Medical and sanitary report of the native army of Madras for the year
Year: 1877
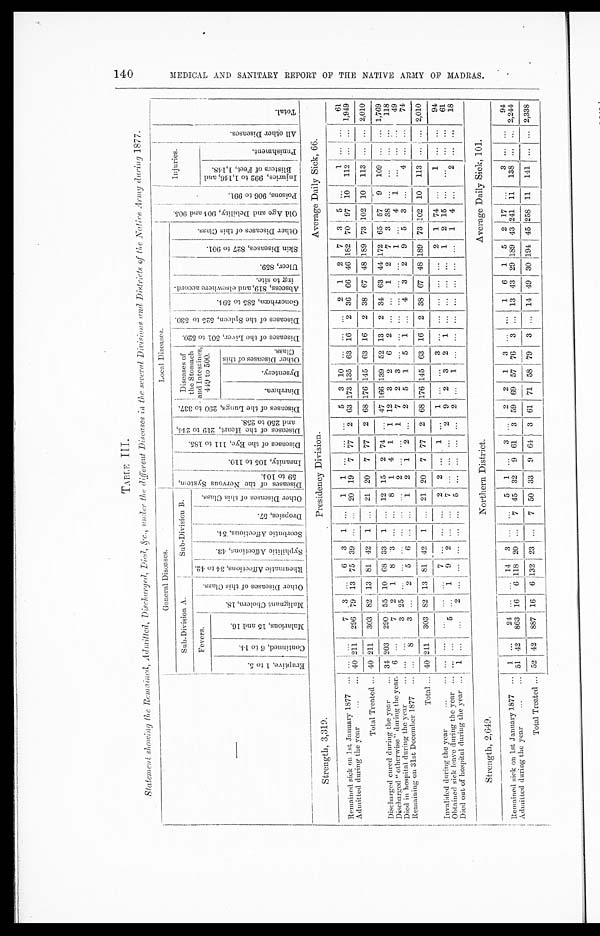
TABLE III.
Statement showinq the Remained, Admitted, Discharged, Died, &c., under the different Diseases in the several Divisions and Districts of the Native Army during 18 77.
General Diseases.
Local Diseases.
Sub-Division A.
Sub-Division B.
D i s e a s e s o f t h e N e r v o u s s y s t e m , 5 9 t o 1 0 4 .
I n s a n i t y , 1 0 5 t o 1 1 0 .
D i s e a s e s o f t h e E y e , 1 1 1 t o 1 8 5 .
D i s e a s e s o f t h e H e a r t , 2 1 9 t o 2 4 4 , a n d 2 5 0 t o 2 5 8 .
D i s e a s e s o f L u n g s , 2 9 0 t o 3 3 7 .
D iseases of
the Stomach
and Intestines,
449 to 500.
D i s e a s e s o f t h e L i v e r , 5 0 1 t o 5 2 0 .
D i s e a s e s o f t h e S p l e e n , 5 2 5 t o 5 3 0 .
G o n o r r h œ a , 5 8 5 t o 5 9 4 .
Ab s c e s s , 8 1 9 , a n d e l s e wh e r e a c c o r d i n g t o s i t e .
U l c e r , 8 5 9 .
S k i n D i s e a s e s 8 2 7 t o 9 0 1 .
O t h e r D i s e a s e s o f t h i s c l a s s .
O l d A g e a n d D e b i l i t y , 9 0 4 a n d 9 0 5 .
P o i s o n s , 9 0 6 t o 9 9 1 .
Injuries.
A l l o t h e r D i s e a s e s .
T o t a l .
Fevers.
M a l i g n a n t C h o l e r a , 1 8 .
O t h e r D i s e a s e s o f t h i s c l a s s .
R h e u m a t i c A f f e c t i o n s , 3 4 t o 4 2 .
S y p h i l i t i c A f f e c t i o n s , 4 3 .
S c o r b u t i c A f f e c t i o n s , 5 4 .
D r o p s i e s , 5 7 .
O t h e r D i e s e a s e o f t h i s c l a s s e s .
I n j u r i e s , 9 9 2 t o 1 , 1 4 6 a n d B l i s t e r s o f F e e t , 1 , 1 4 8 .
P u n i s h m e n t .
C o n t i n u e d , 6 t o 1 4 .
M a l a r i o u s , 1 5 a n d 1 6 .
E r a p t i v e , 1 t o 5 .
Diarrhœa.
D y s e n t e r y .
O t h e r D i s e a s e s o f t h i s c l a s s e s .
S t r e n g t h , 3 , 3 1 9 .
P r e s i d e n c y D i v i s i o n .
Average Daily Sick, 66.
Remained sick on 1st January 1877 . . .
. . .
. . .
7
3
. . .
6
3
1
. . .
1
1
. . .
. . .
. . .
5
3
10
. . .
. . .
. . .
2
1
2
7
3
5
. . .
1
. . .
. . .
61
Admitted during the year
. . . 40 2 11
296
79
13
75
39
. . .
. . . 20
19
7
77
2
63 173 135
63
16
2
36
66
46 182
70
97
10
112
. . .
. . . 1,949
Total Treated . . . 40 211
303
82
13
81
42
1
. . . 21
20
7
77
2
68 176 145
63
16
2
38
67
48 189
73 102
10
113
. . .
. . . 2,010
Discharged cured during the year
. . . 34 203
290
55
10
68
33
1
. . .
1 2
15
2
74
. . . 47 166 139
52
13
2
34
63
44
1 7 2
65
57
9
109
. . .
. . . 1,769
Discharged " otherwise " during the year . . .
6
. . .
7
2
1
8
3
. . .
. . .
8
1
4
1
1
12
3
2
6
2
. . .
. . .
1
2
7
3
38
. . .
. . .
. . .
. . .
118
Died in hospital during the year . . .
. . .
. . .
3
2 5
. . .
. . .
. . .
. . . . . .
. . .
2
. . .
. . .
1
7
2
3
. . .
. . .
. . .
. . .
. . .
. . .
1
. . .
4
1
. . .
. . .
. . .
49
Remaining on 31st December 1877
. . .
. . . 8
3
. . .
2
5
6
. . .
. . .
1
2
1
2
. . .
2
5
1
5
1
. . .
4
3
2
9
5
3
. . .
4
. . .
. . .
74
Total . . . 40 211
303
82
13
81
42
1
. . .
21
20
7
77
2
68 176 145
63
16
2
38
67
48 189
7 3
1 0 2
10
113
. . .
. . . 2,010
Invalided during the year
. . .
. . .
. . .
. . .
. . .
. . .
7
. . .
. . .. . .
2
2
. . .
1
. . .
1
. . .
. . .
3
. . .
. . .
. . .
. . .
. . .
2
1
74
. . .
1
. . .
. . .
94
Obtained sick- leave during the year
. . .
. . .
. . .
5
. . . 1
9
2
. . .
. . .
7
. . .
. . .
. . .
2
9
2
3
2
1
. . .
. . .
. . .
. . .
1
2
15
. . .
. . .
. . .
. . .
61
Died out of hospital during the year
. . . 1
. . .
. . .
2
. . .
. . .
. . .
. . .
. . .
5
. . .
. . .
. . .
. . .
2
. . .
1
. . .
. . .
. . .
. . .
. . .
. . .
. . .
1
4
. . .
2
. . .
. . .
18
Strength, 2,649.
Northern District.
Average Daily Sick, 101.
Remained sick on 1st January 1.877. . .
1
. . .
24
. . .
. . . 14
3
. . .
. . .
5
1
. . .
3
. . .
2
2
1
3
. . .
. . .
1
6
1
5
2
17
. . .
3
. . .
. . .
94
Admitted during the year. . . 51
42
863
16
6 118
20
. . .
7
45
32
9
61
3
5 9
69
57
76
3
. . .
13
43
2 9 189
43 241
11
138
. . .
. . .
2,244
Total Treated . . . 52
42
887
16
6 132
23
. . .
7 50
33
9
64
3
61 71
5 8
79
3
. . . 14
49
30 194 45
2 5 8 11
141
. . .
. . .
2,338
140 M E D I C A L A N D S A N T A R Y R E P O R T O F T H E N A T I V E A R M Y O F M A D R A S .